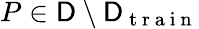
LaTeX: P\in\mathsf{D}\setminus\mathsf{D}_{\mathrm{~t~r~a~i~n~}}